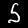
Label: 5